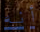
أنه